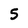
Character: 5